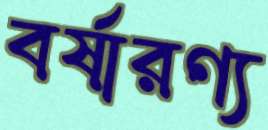
বর্ষারণ্য